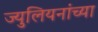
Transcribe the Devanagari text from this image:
ज्युलियनांच्या